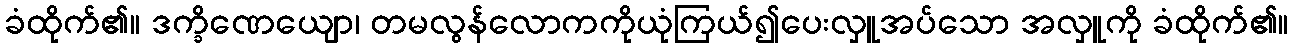
ခံထိုက်၏။ ဒက္ခိဏေယျော၊ တမလွန်လောကကိုယုံကြယ်၍ပေးလှူအပ်သော အလှူကို ခံထိုက်၏။